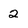
Character: 2